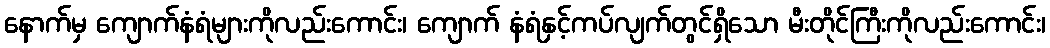
နောက်မှ ကျောက်နံရံများကိုလည်းကောင်း၊ ကျောက် နံရံနှင့်ကပ်လျက်တွင်ရှိသော မီးတိုင်ကြီးကိုလည်းကောင်း၊